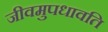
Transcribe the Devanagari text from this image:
जीवमुपधावति